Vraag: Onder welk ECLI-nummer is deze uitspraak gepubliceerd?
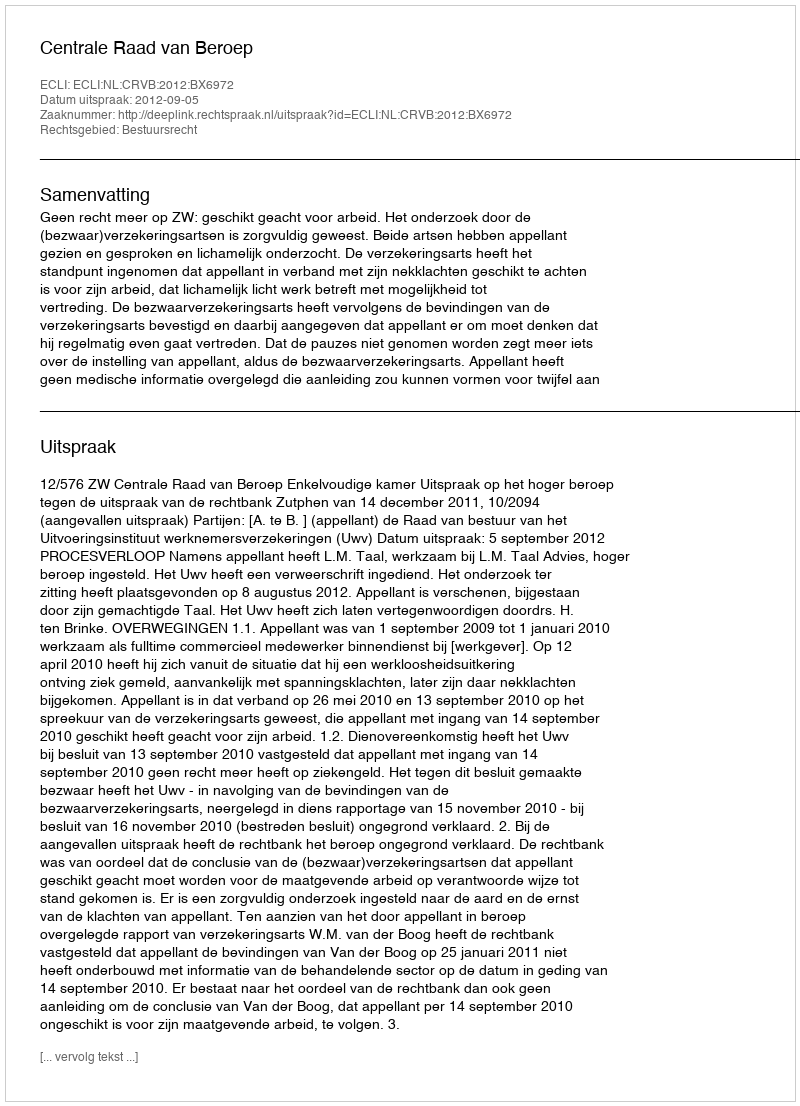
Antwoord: ECLI:NL:CRVB:2012:BX6972